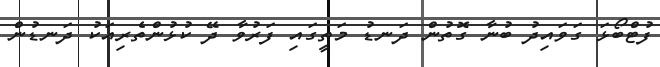
ފުޓްބޯޅަ ގަވައިދު ބުނާ ގޮތުން ދަނޑު މަތީގައި ފަރުވާ ދޭ ކުޅުންތެރިއަކު ދަނޑުން